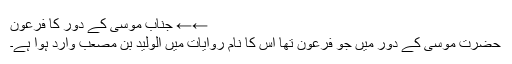
←← جناب موسی کے دور کا فرعون
حضرت موسی کے دور میں جو فرعون تھا اس کا نام روایات میں الولید بن مصعب وارد ہوا ہے۔